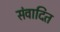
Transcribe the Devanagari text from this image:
संवादित